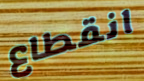
انقطاع